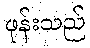
ဖုန်းသည်